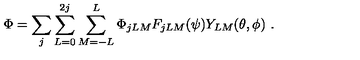
\Phi = \sum _ { j } \sum _ { L = 0 } ^ { 2 j } \sum _ { M = - L } ^ { L } \Phi _ { j L M } F _ { j L M } ( \psi ) Y _ { L M } ( \theta , \phi ) \ .